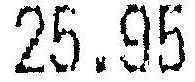
25.95